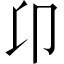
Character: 卬